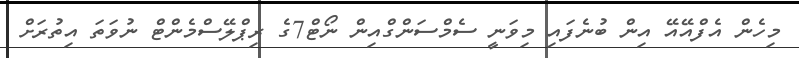
މިހެން އެފްއޭއޭ އިން ބުނެފައި މިވަނީ ސެމްސަންގްއިން ނޯޓް7ގެ ރިޕްލޭސްމެންޓް ނުވަތަ އިތުރަށް